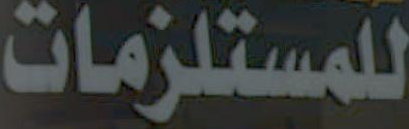
للمستلزمات